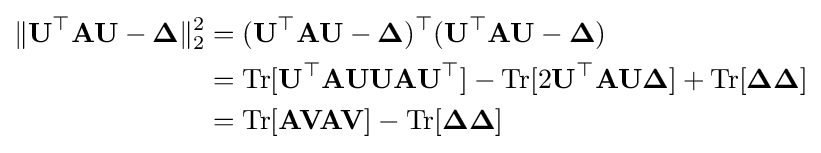
{\begin{aligned}\lVert \mathbf {U} ^{\top }\mathbf {A} \mathbf {U} -{\boldsymbol {\Delta }}\rVert _{2}^{2}&=(\mathbf {U} ^{\top }\mathbf {A} \mathbf {U} -{\boldsymbol {\Delta }})^{\top }(\mathbf {U} ^{\top }\mathbf {A} \mathbf {U} -{\boldsymbol {\Delta }})\\&=\mathrm {Tr} [\mathbf {U} ^{\top }\mathbf {A} \mathbf {U} \mathbf {U} \mathbf {A} \mathbf {U} ^{\top }]-\mathrm {Tr} [2\mathbf {U} ^{\top }\mathbf {A} \mathbf {U} {\boldsymbol {\Delta }}]+\mathrm {Tr} [{\boldsymbol {\Delta }}{\boldsymbol {\Delta }}]\\&=\mathrm {Tr} [\mathbf {A} \mathbf {V} \mathbf {A} \mathbf {V} ]-\mathrm {Tr} [{\boldsymbol {\Delta }}{\boldsymbol {\Delta }}]\end{aligned}}